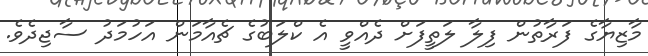
މާޒިޔާގެ ފަރާތުން ފިލާ ލަތީފަށް ދެއްވީ އެ ކްލަބުގެ ޗެއާމަން އަހުމަދު ސާޖިދެެވެ.